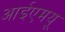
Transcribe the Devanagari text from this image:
आईएमयू